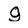
Character: g